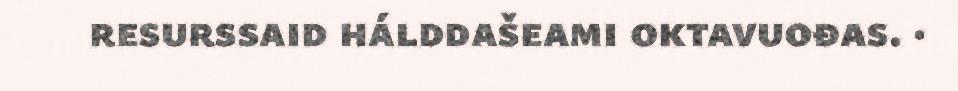
resurssaid hálddašeami oktavuođas. ·